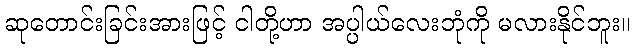
ဆုတောင်းခြင်းအားဖြင့် ငါတို့ဟာ အပ္ပါယ်လေးဘုံကို မလားနိုင်ဘူး။